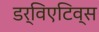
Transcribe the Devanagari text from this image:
डर्विएटिव्स